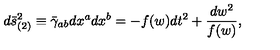
d \bar { s } _ { ( 2 ) } ^ { 2 } \equiv \bar { \gamma } _ { a b } d x ^ { a } d x ^ { b } = - f ( w ) d t ^ { 2 } + \frac { d w ^ { 2 } } { f ( w ) } ,